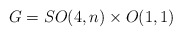
\begin{align*} G=SO(4,n)\times O(1,1)\end{align*}